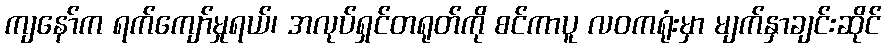
ကျနော်က ရက်ကျော်မှုရယ်၊ အလုပ်ရှင်တရုတ်ကို စင်ကာပူ လဝကရုံးမှာ မျက်နှာချင်းဆိုင်